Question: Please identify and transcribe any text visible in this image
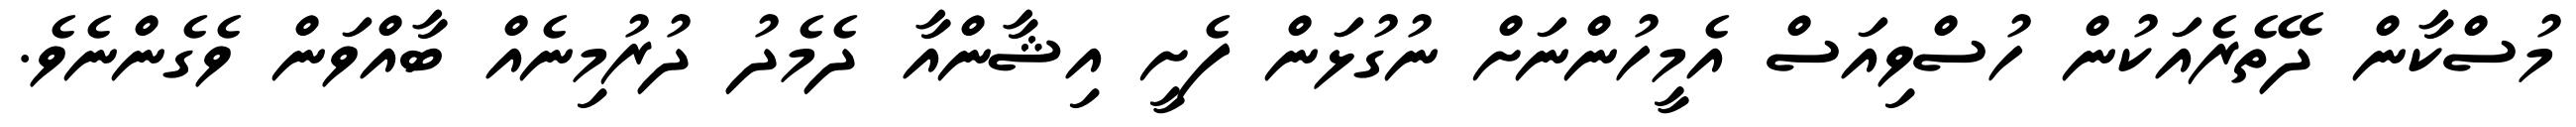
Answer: މުސްކާން ދޭތެރެއަކުން ހުސްވިއަސް އެމީހުންނަށް ނުގުޅަން ފެށީ އިޝާންއާ ދެމެދު ދުރުމިނެއް ބާއްވަން ވެގެންނެވެ.